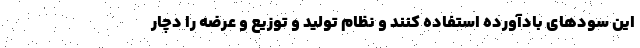
این سودهای بادآورده استفاده کنند و نظام تولید و توزیع و عرضه را دچار